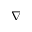
\boldsymbol \nabla